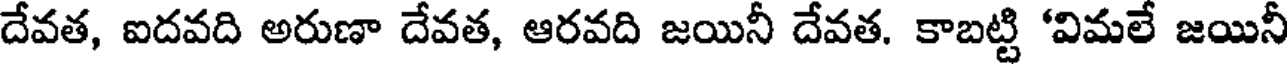
దేవత, ఐదవది అరుణా దేవత, ఆరవది జయినీ దేవత. కాబట్టి 'విమలే జయినీ